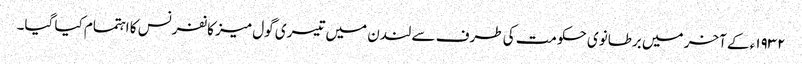
١٩٣٢ء کے آخر میں برطانوی حکومت کی طرف سے لندن میں تیسری گول میز کانفرنس کا اہتمام کیا گیا۔